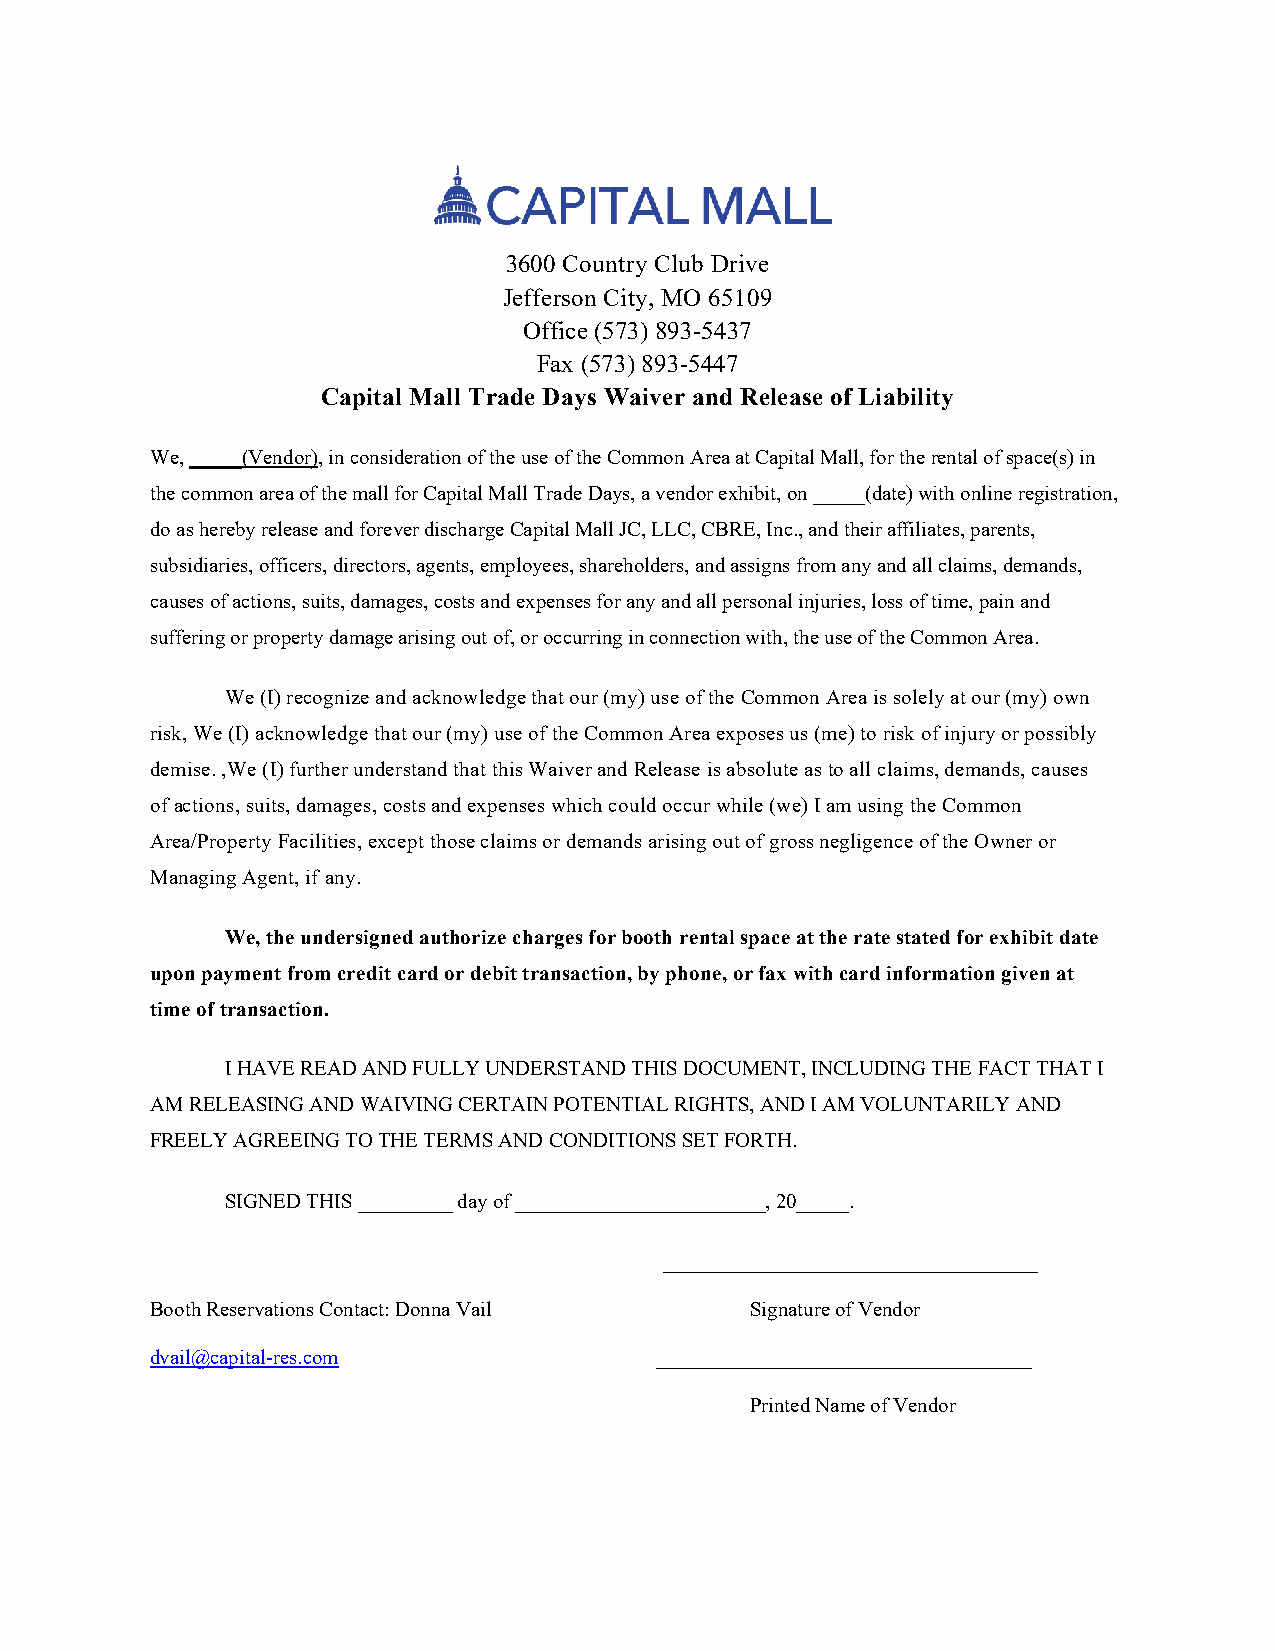
3600 Country Club Drive
 Jefferson City, MO 65109
 Office (573) 893-5437
 Fax (573) 893-5447
 Capital Mall Trade Days Waiver and Release of Liability
 We, _____(Vendor), in consideration of the use of the Common Area at Capital Mall, for the rental of space(s) in
 the common area of the mall for Capital Mall Trade Days, a vendor exhibit, on _____(date) with online registration,
 do as hereby release and forever discharge Capital Mall JC, LLC, CBRE, Inc., and their affiliates, parents,
 subsidiaries, officers, directors, agents, employees, shareholders, and assigns from any and all claims, demands,
 causes of actions, suits, damages, costs and expenses for any and all personal injuries, loss of time, pain and
 suffering or property damage arising out of, or occurring in connection with, the use of the Common Area.
 We (I) recognize and acknowledge that our (my) use of the Common Area is solely at our (my) own
 risk, We (I) acknowledge that our (my) use of the Common Area exposes us (me) to risk of injury or possibly
 demise. ,We (I) further understand that this Waiver and Release is absolute as to all claims, demands, causes
 of actions, suits, damages, costs and expenses which could occur while (we) I am using the Common
 Area/Property Facilities, except those claims or demands arising out of gross negligence of the Owner or
 Managing Agent, if any.
 We, the undersigned authorize charges for booth rental space at the rate stated for exhibit date
 upon payment from credit card or debit transaction, by phone, or fax with card information given at
 time of transaction.
 I HAVE READ AND FULLY UNDERSTAND THIS DOCUMENT, INCLUDING THE FACT THAT I
 AM RELEASING AND WAIVING CERTAIN POTENTIAL RIGHTS, AND I AM VOLUNTARILY AND
 FREELY AGREEING TO THE TERMS AND CONDITIONS SET FORTH.
 SIGNED THIS _________ day of ________________________, 20_____.
 ____________________________________
 Booth Reservations Contact: Donna Vail  Signature of Vendor
 dvail@capital-res.com            ____________________________________
 Printed Name of Vendor